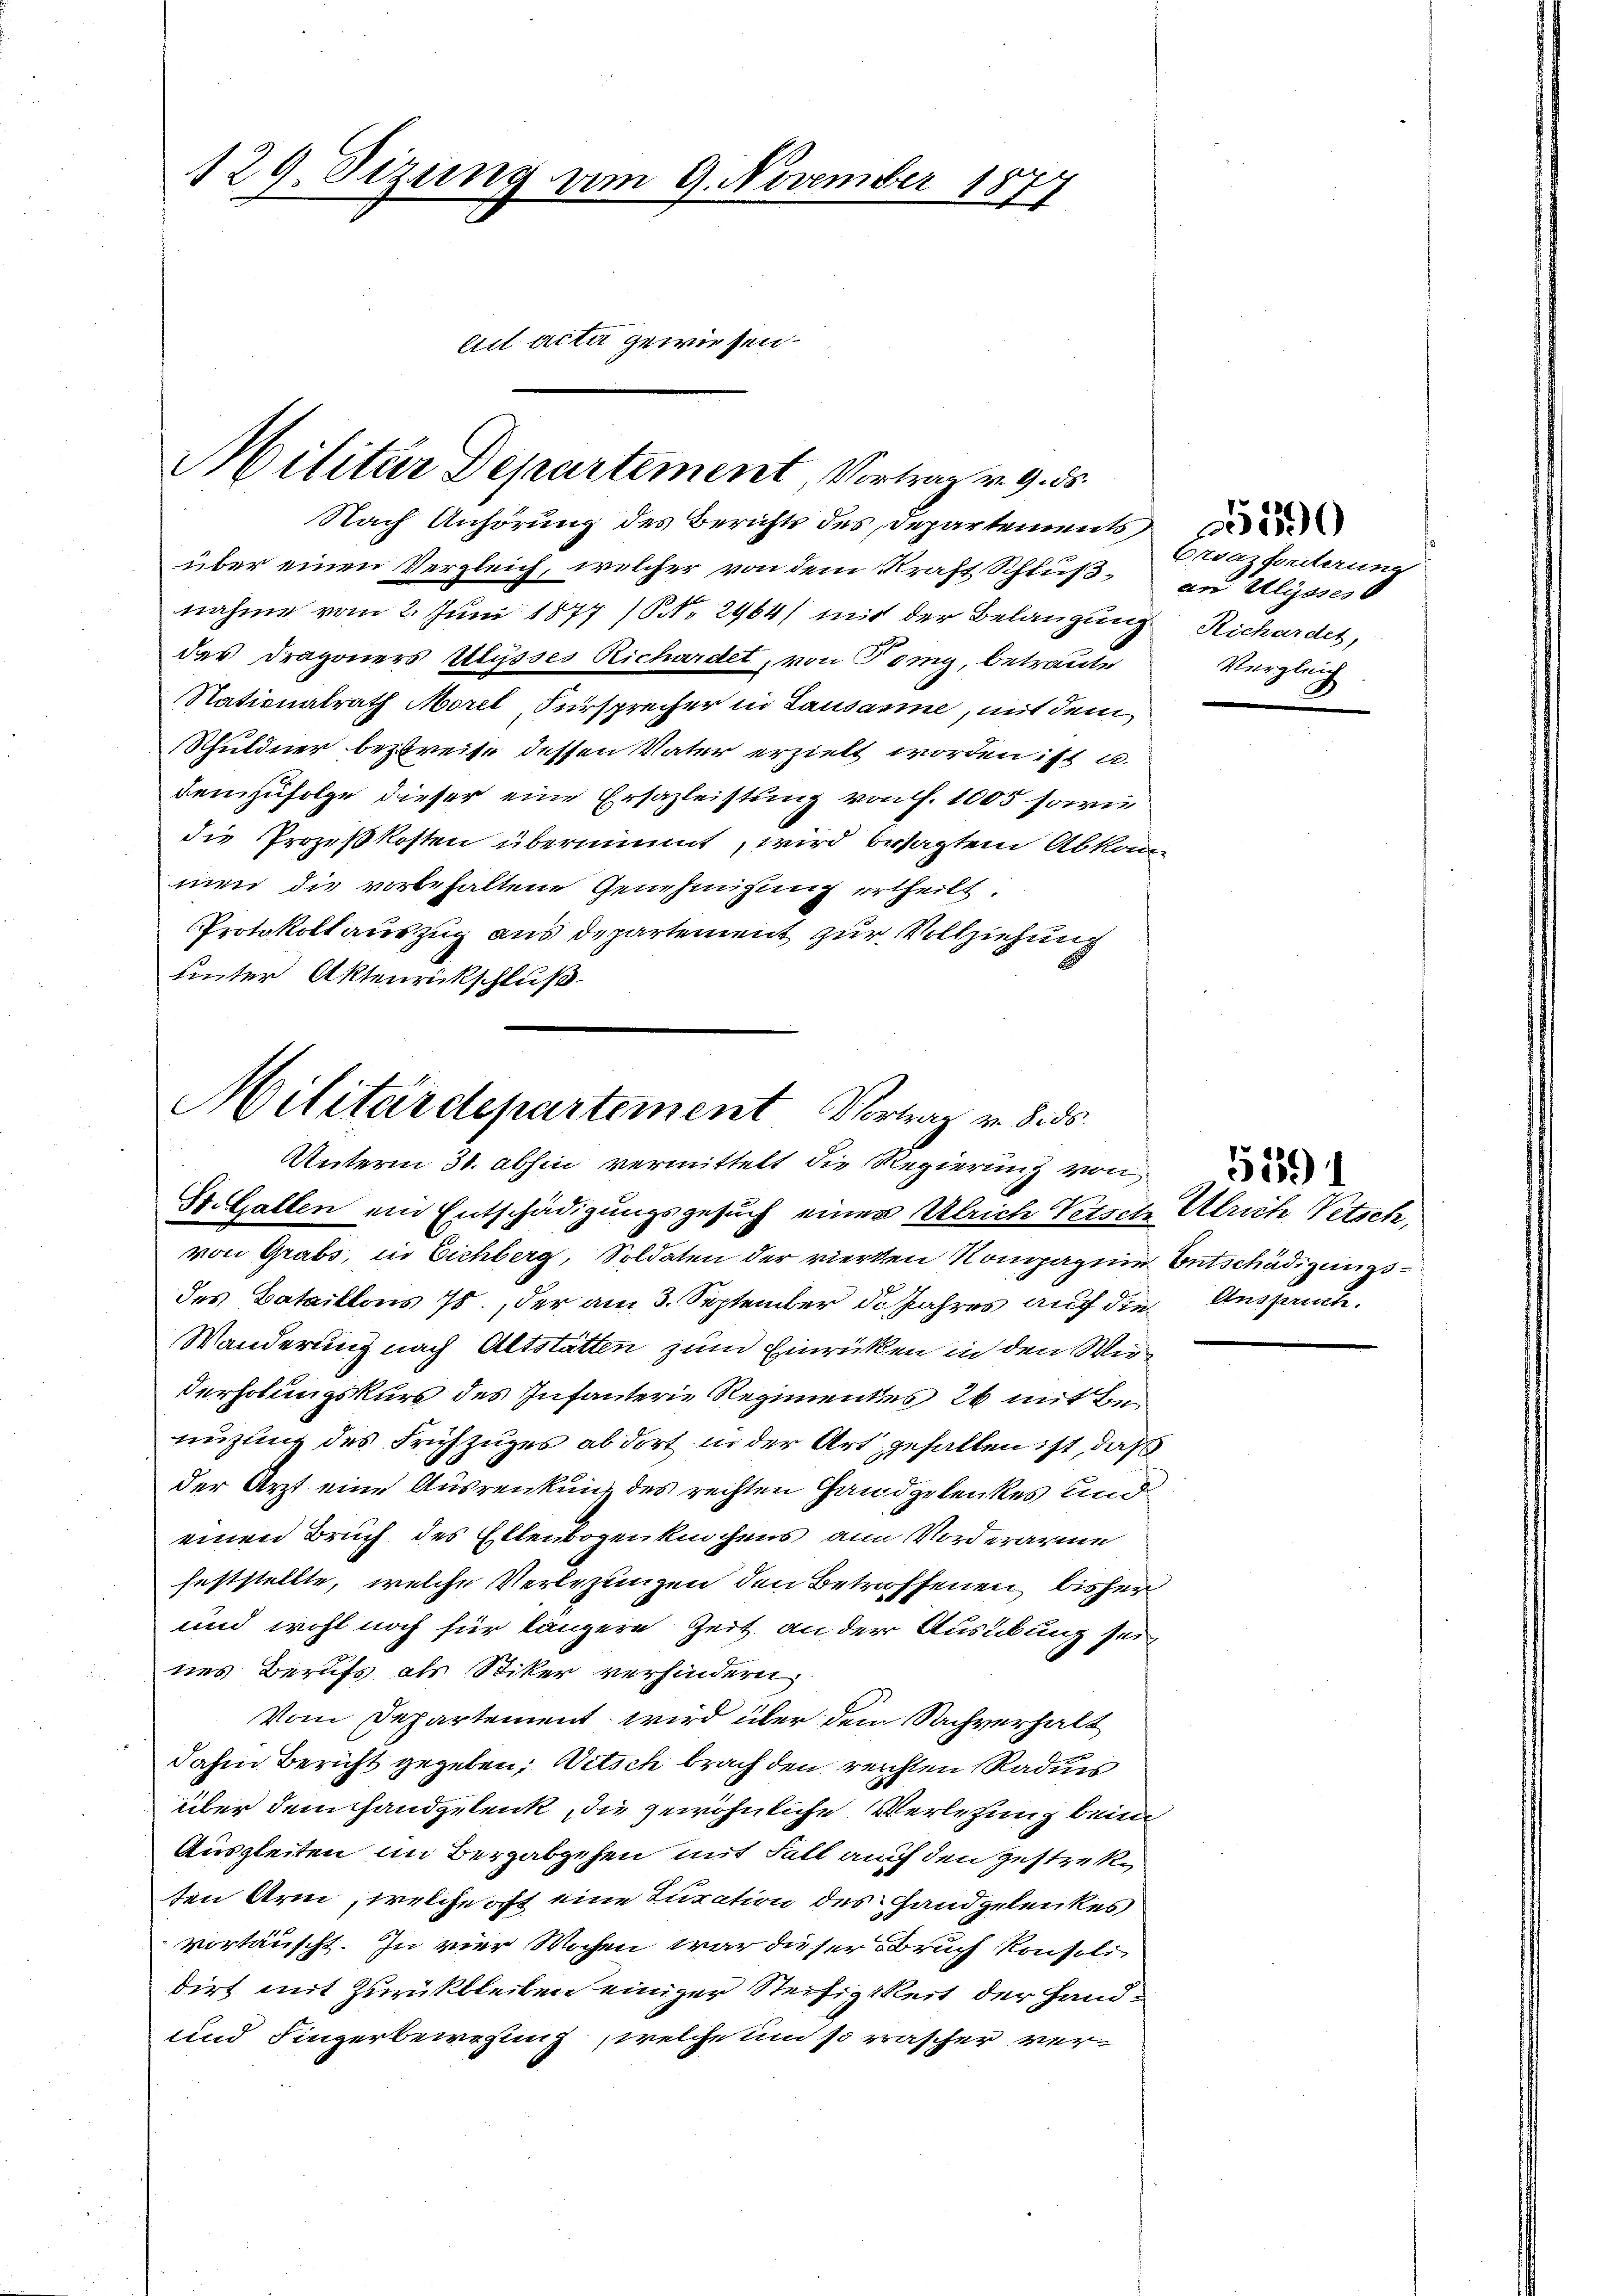
Nach Anhörung des Berichts des Departement
über einen Vergleich, welcher von dem Kraft Schluß an Ulysses
nahme vom 2. Juni 1877 (NNo. 2964) mit der Belangung Richardet,
des Dragoners Ulysses Richardet, von Tony, betraute
Nationalrath Morel, Fürsprecher in Lausanne, mit dem
Schuldner bezureise dessen Vater erzielt worden ist u.
demzufolge dieser eine Ersazleistung von f. 1005 sowie
die Prozeßkosten übernimmt, wird besagten Abkom
men die vorbehaltene Genehmigung ertheilt.
Protokoll auszug aus departement zur Vollziehung
unter Aktenrückschluß

129. Sizung am 9. November 1877
eil acta gewiesen.

Militär Departement, Vortrag v. 9. 55.

Militärdepartement Vortrag v. 8. ds.
Unterm 31. abhin vermittelt die Regierung von
St. Gallen ein Entschädigungsgesuch einer Ulrich Versch Ulrich Petsch,

von Grabs, in Eichberg, Soldaten der vierten Kompagnie Entschädigungsdes Bataillons 78. der am 3. September 1. Jahres auf die Ausgange¬
Wanderung nach Altstatten zum Einrücken in den Wie¬
Verholungskurs des Infanterie Regimentes 26 mit Benüzung des Frühzuges ab dort in der Art gefallen ist, daß
der Arzt eine Ausreickung des rechten Handgelenkes und
einen Bruch des Ellenbogenknochens an Vorderarme
feststellte, welche Verlegungen den Betroffenen, bisher
und wohl noch für längere Zeit an der Ausübung seines Berufs als Stiker verhindern.
Vom Departement wird über dem Sachverhalt
dahin Bericht gegeben, Witsch brach den reichten Radiis
über dem Handgelenk, die gewöhnliche Verletzung beim
Ausgleiten im Bergabgehen mit Fall auf den Gestreksen Arm, welche oft eine Juration des Hand gelenkes
vortäuscht. In vier Wochen war dieser Bruch konsolidirt mit Zurückbleiben einiger Steifigkeit der Hand¬
und Fingerbewesung, welche um so rascher ver¬

Envazforderung
Vergleich

529)